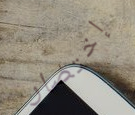
إختصار